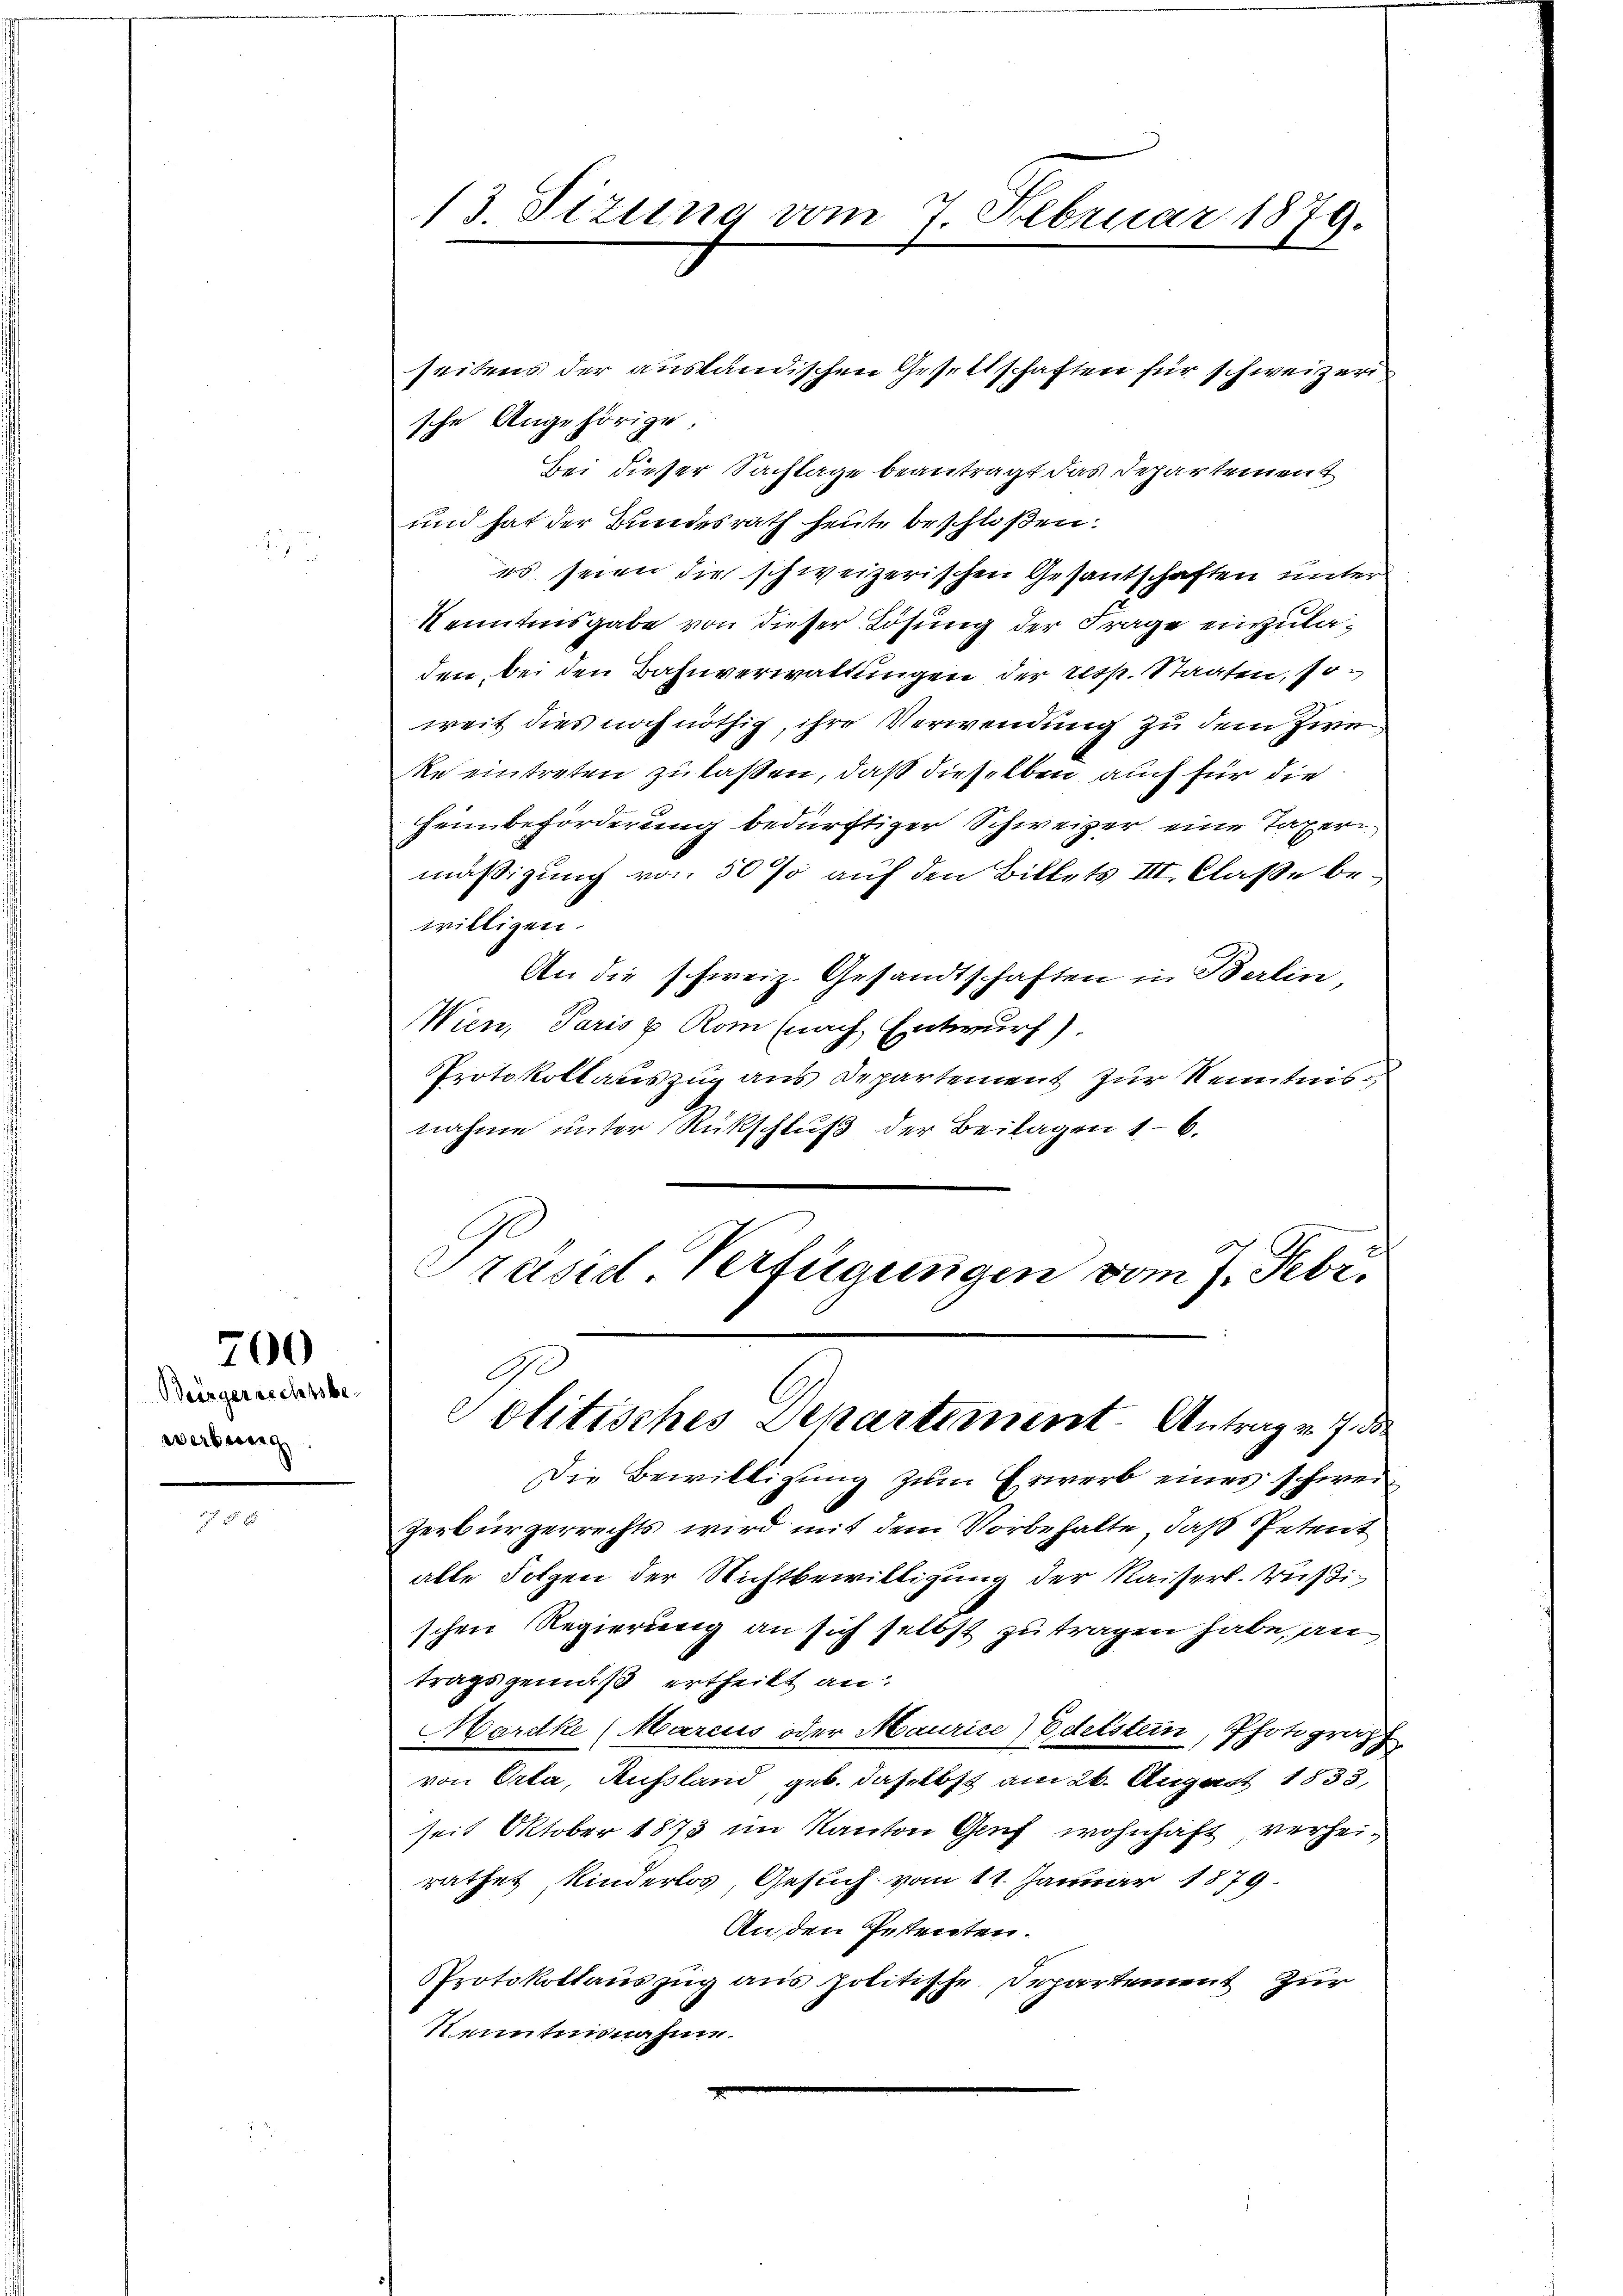
Bürgerrechtsbewerbung

700

sche Angehörige.
Bei dieser Sachlage beantragt das Departement
und hat der Bundesrath heute beschloßen:
es seien die schweizerischen Gesantschaften unter
kenntinsgabe von dieser Lösung der Frage einzuladen, bei den Bahnverwaltungen der resp. Staaten, soweit dies noch nöthig, ihre Verwendung zu dem Zwe¬
Reeintreten zu laßen, daß dieselben auch für die
Heimbeförderung bedürftiger Schweizer eine Taxeri
mäßigung von 50 % auf den Billets III. Claße bewilligen.
An die schweiz. Gesandtschaften in Berlin
Wien, Paris u. Rom (nach Entwurf)
Protokollauszug aus Departement zur Kenntnisnahme unter Rückschluß der Beilagen 16.
Präsid Verfügungen vom 7. Febr.

13. Sizung vom 7. Februar 1879.

Die Bewilligung zum Erwerb eines schwei¬
Zerbürgerrechts wird mit dem Vorbehalte, daß Petent
alle Folgen der Nichtbewilligung der Kaiserl. Rußischen Regierung an sich selbst zu tragen habe, an
tragsgemäß ertheilt an:
Mardke (Marcus oder Maurice) Edelstein, Photograph
von Orta, Aufsland, geb. daselbst am 26. August 1833,
seit Oktober 1873 im Kanton Genf wohnhaft, verheirathes Kinderlos, Gesuch vom 11. Januar 1879
Anden Petenten.
PProtokollauszug aus politische Departement zur
Kenntnisnahme.

seitens der ausländischen Gesellschaften für schweizeri¬

C
Politisches Departement. Antrag v. J. der